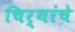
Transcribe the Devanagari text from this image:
चिर्‍यांचे